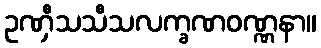
ဥဏှီသသီသလက္ခဏဝဏ္ဏနာ။